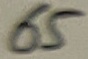
Text: 65